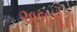
અલગોરા